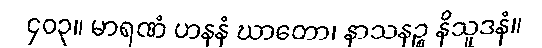
၄၀၃။ မာရဏံ ဟနနံ ဃာတော၊ နာသနဉ္စ နိသူဒနံ။